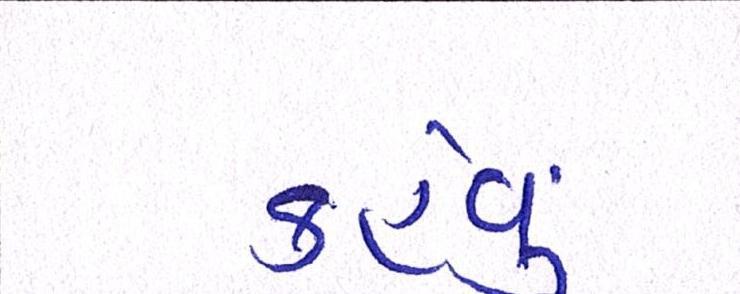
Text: કહેવુ